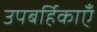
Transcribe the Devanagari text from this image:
उपबर्हिकाएँ